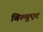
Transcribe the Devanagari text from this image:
बिल्गुएर